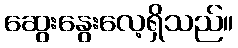
ဆွေးနွေးလေ့ရှိသည်။